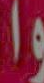
واـ